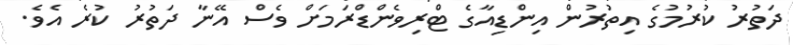
ދަތުރު ކުރުމުގެ އިތުރުން އިންޑިއާގެ ޓްރިވެންޑްރަމަށް ވެސް އޭނާ ދަތުރު ކުރެ އެވެ.